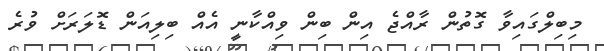
މިބިލްގައިވާ ގޮތުން ރާއްޖެ އިން ބިން ވިއްކާނީ އެއް ބިލިއަން ޑޮލަރަށް ވުރެ